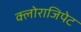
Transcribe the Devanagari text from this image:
क्लोराजिपेट